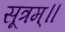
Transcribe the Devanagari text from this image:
सूत्रम्॥